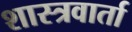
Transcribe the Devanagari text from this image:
शास्त्रवार्ता